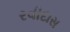
રવીદાસ